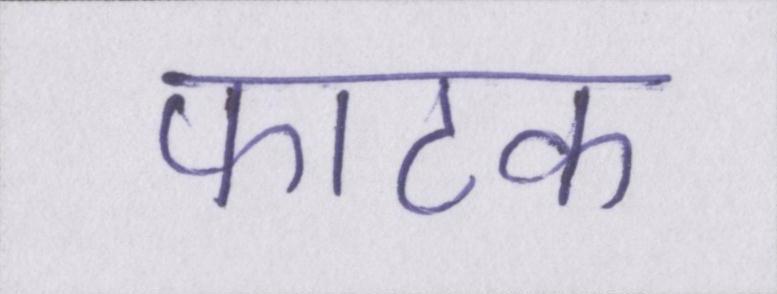
फाटक